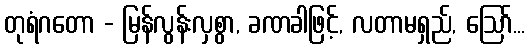
တုရံဂတော - မြန်လွန်းလှစွာ, ခဏခါဖြင့်, လတာမရှည်, ဩော်...